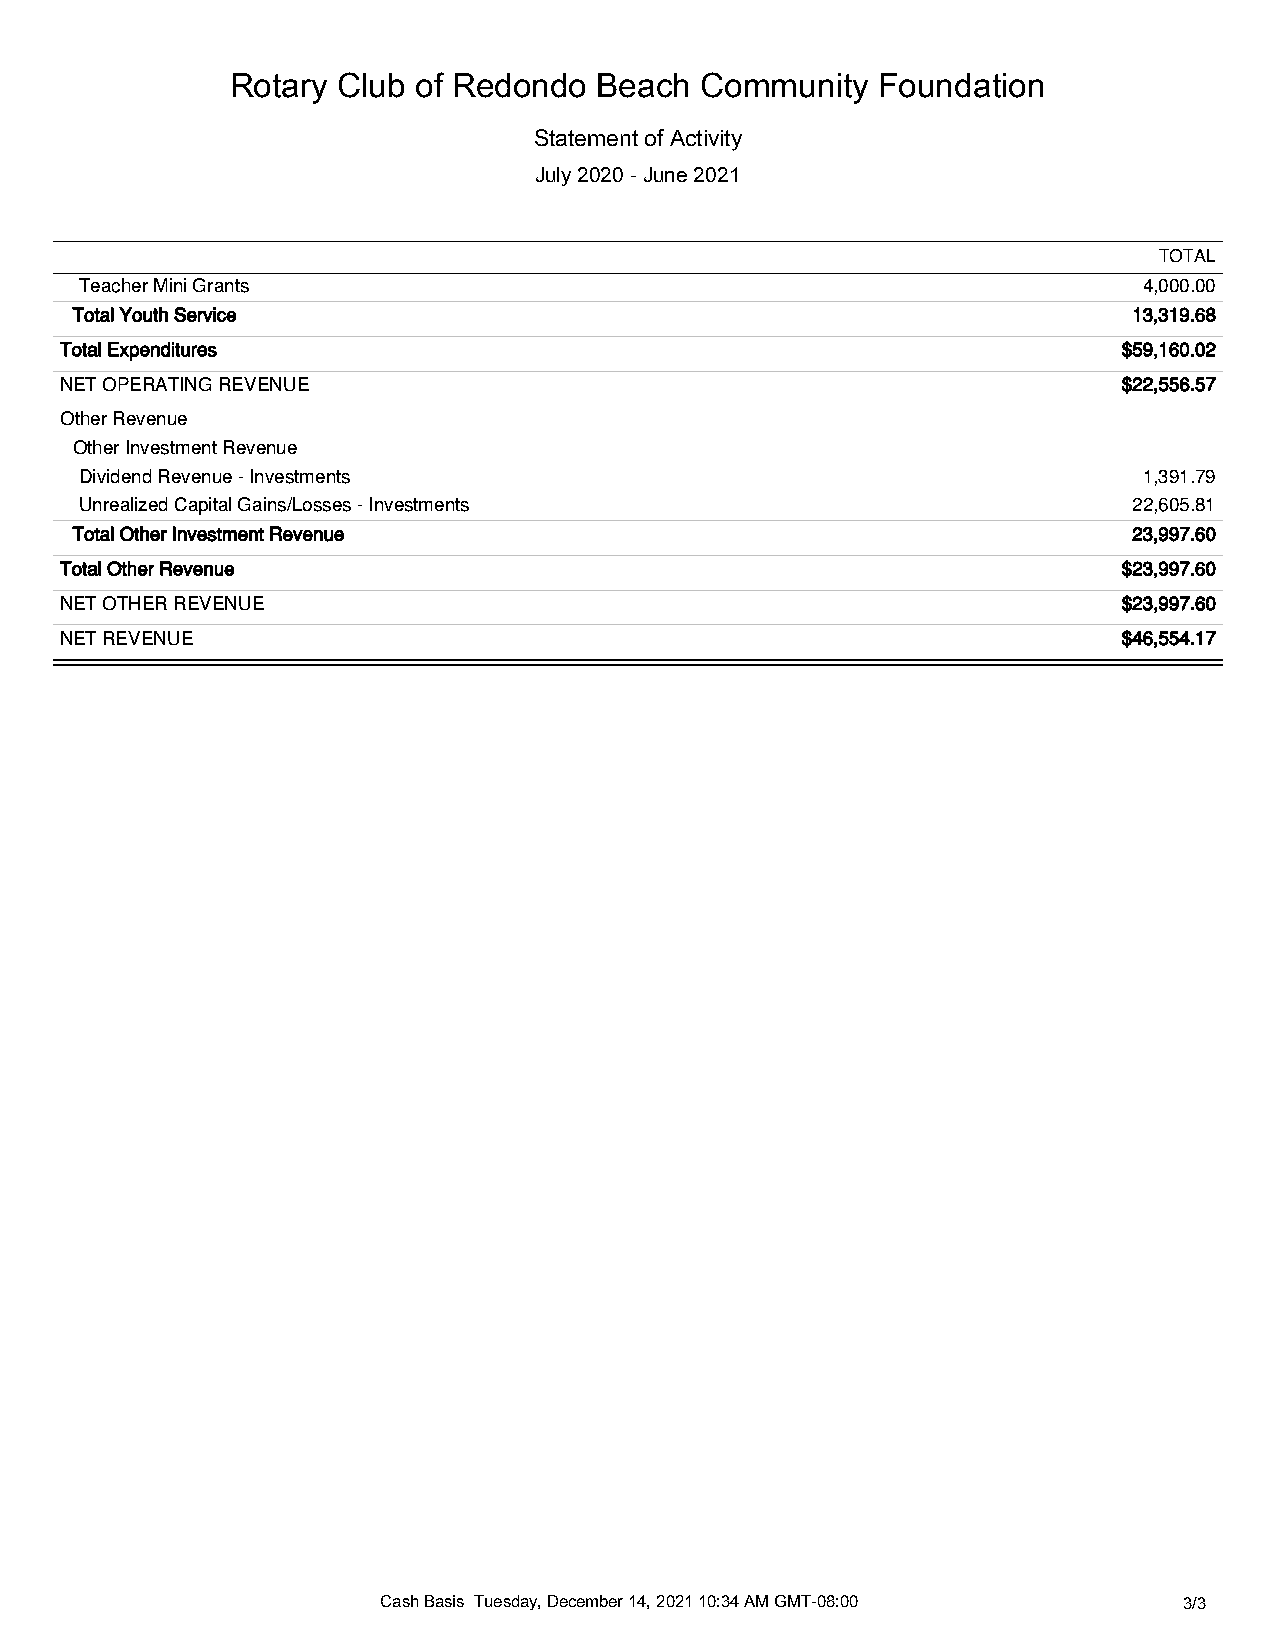
Rotary Club of Redondo   Beach Community   Foundation
 Statement of Activity
 July 2020 - June 2021
 TOTAL
 Teacher Mini Grants                                                    4,000.00
 Total Youth Service                                                   13,319.68
 Total Expenditures                                                    $59,160.02
 NET OPERATING REVENUE                                                 $22,556.57
 Other Revenue
 Other Investment Revenue
 Dividend Revenue - Investments                                         1,391.79
 Unrealized Capital Gains/Losses - Investments                         22,605.81
 Total Other Investment Revenue                                        23,997.60
 Total Other Revenue                                                   $23,997.60
 NET OTHER REVENUE                                                     $23,997.60
 NET REVENUE                                                           $46,554.17
 Cash Basis Tuesday, December 14, 2021 10:34 AM GMT-08:00 3/3